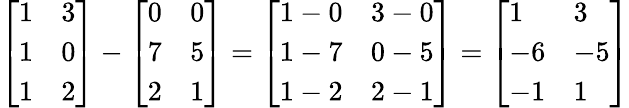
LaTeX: {\left[\begin{array}{ll}{1}&{3}\\ {1}&{0}\\ {1}&{2}\end{array}\right]}-{\left[\begin{array}{ll}{0}&{0}\\ {7}&{5}\\ {2}&{1}\end{array}\right]}={\left[\begin{array}{ll}{1-0}&{3-0}\\ {1-7}&{0-5}\\ {1-2}&{2-1}\end{array}\right]}={\left[\begin{array}{ll}{1}&{3}\\ {-6}&{-5}\\ {-1}&{1}\end{array}\right]}